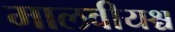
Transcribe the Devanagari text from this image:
मालवीयश्च